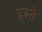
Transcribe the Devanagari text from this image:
हस्‍ते